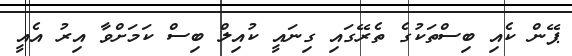
ޕޭން ކެއި ބިސްތަކުގެ ތެރޭގައި ގިނައީ ކުއިލް ބިސް ކަމަށްވާ އިރު އެއީ